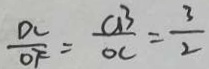
\frac { O C } { O F } = \frac { C B } { O C } = \frac { 3 } { 2 }